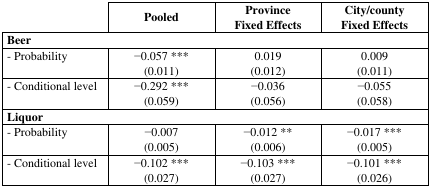
<table><thead><tr><td></td><td><b>Pooled</b></td><td><b>Province Fixed Effects</b></td><td><b>City/county Fixed Effects</b></td></tr></thead><tbody><tr><td colspan="4"><b>Beer</b></td></tr><tr><td>- Probability</td><td>−0.057 *** (0.011)</td><td>0.019 (0.012)</td><td>0.009 (0.011)</td></tr><tr><td>- Conditional level</td><td>−0.292 *** (0.059)</td><td>−0.036 (0.056)</td><td>−0.055 (0.058)</td></tr><tr><td colspan="4"><b>Liquor</b></td></tr><tr><td>- Probability</td><td>−0.007 (0.005)</td><td>−0.012 ** (0.006)</td><td>−0.017 *** (0.005)</td></tr><tr><td>- Conditional level</td><td>−0.102 *** (0.027)</td><td>−0.103 *** (0.027)</td><td>−0.101 *** (0.026)</td></tr></tbody></table>